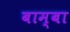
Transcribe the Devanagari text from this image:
बाम्बा